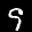
Label: 9